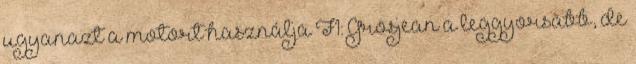
ugyanazt a motort használja F1: Grosjean a leggyorsabb, de